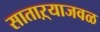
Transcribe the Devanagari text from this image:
साताऱ्याजवळ